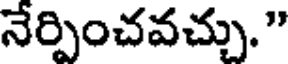
నేర్పించవచ్చు."